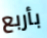
بأربع